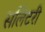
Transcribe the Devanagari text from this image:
सलिटरी